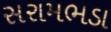
સરામભડા